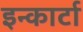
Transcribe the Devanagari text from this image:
इन्कार्टा